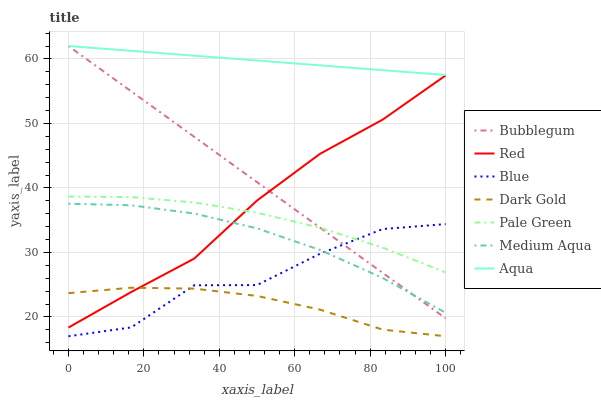
| xaxis_label | Bubblegum | Red | Blue | Dark Gold | Pale Green | Medium Aqua | Aqua |
 | --- | --- | --- | --- | --- | --- | --- | --- |
 | 0 | 62 | 18.3 | 17 | 23.7 | 38.7 | 37.6 | 62 |
 | 16.7 | 55 | 23.9 | 18.4 | 24.5 | 38.6 | 37.3 | 61.3 |
 | 33.3 | 47.9 | 29 | 24.9 | 24.4 | 37.7 | 36 | 60.5 |
 | 50 | 40.9 | 38 | 24.9 | 23.3 | 36.2 | 33.7 | 59.8 |
 | 66.7 | 33.9 | 45.3 | 29.8 | 21.1 | 33.8 | 30.4 | 59 |
 | 83.3 | 26.8 | 50.6 | 33.6 | 18 | 30.7 | 26 | 58.3 |
 | 100 | 19.8 | 57.4 | 34.4 | 17 | 26.9 | 20.6 | 57.5 |